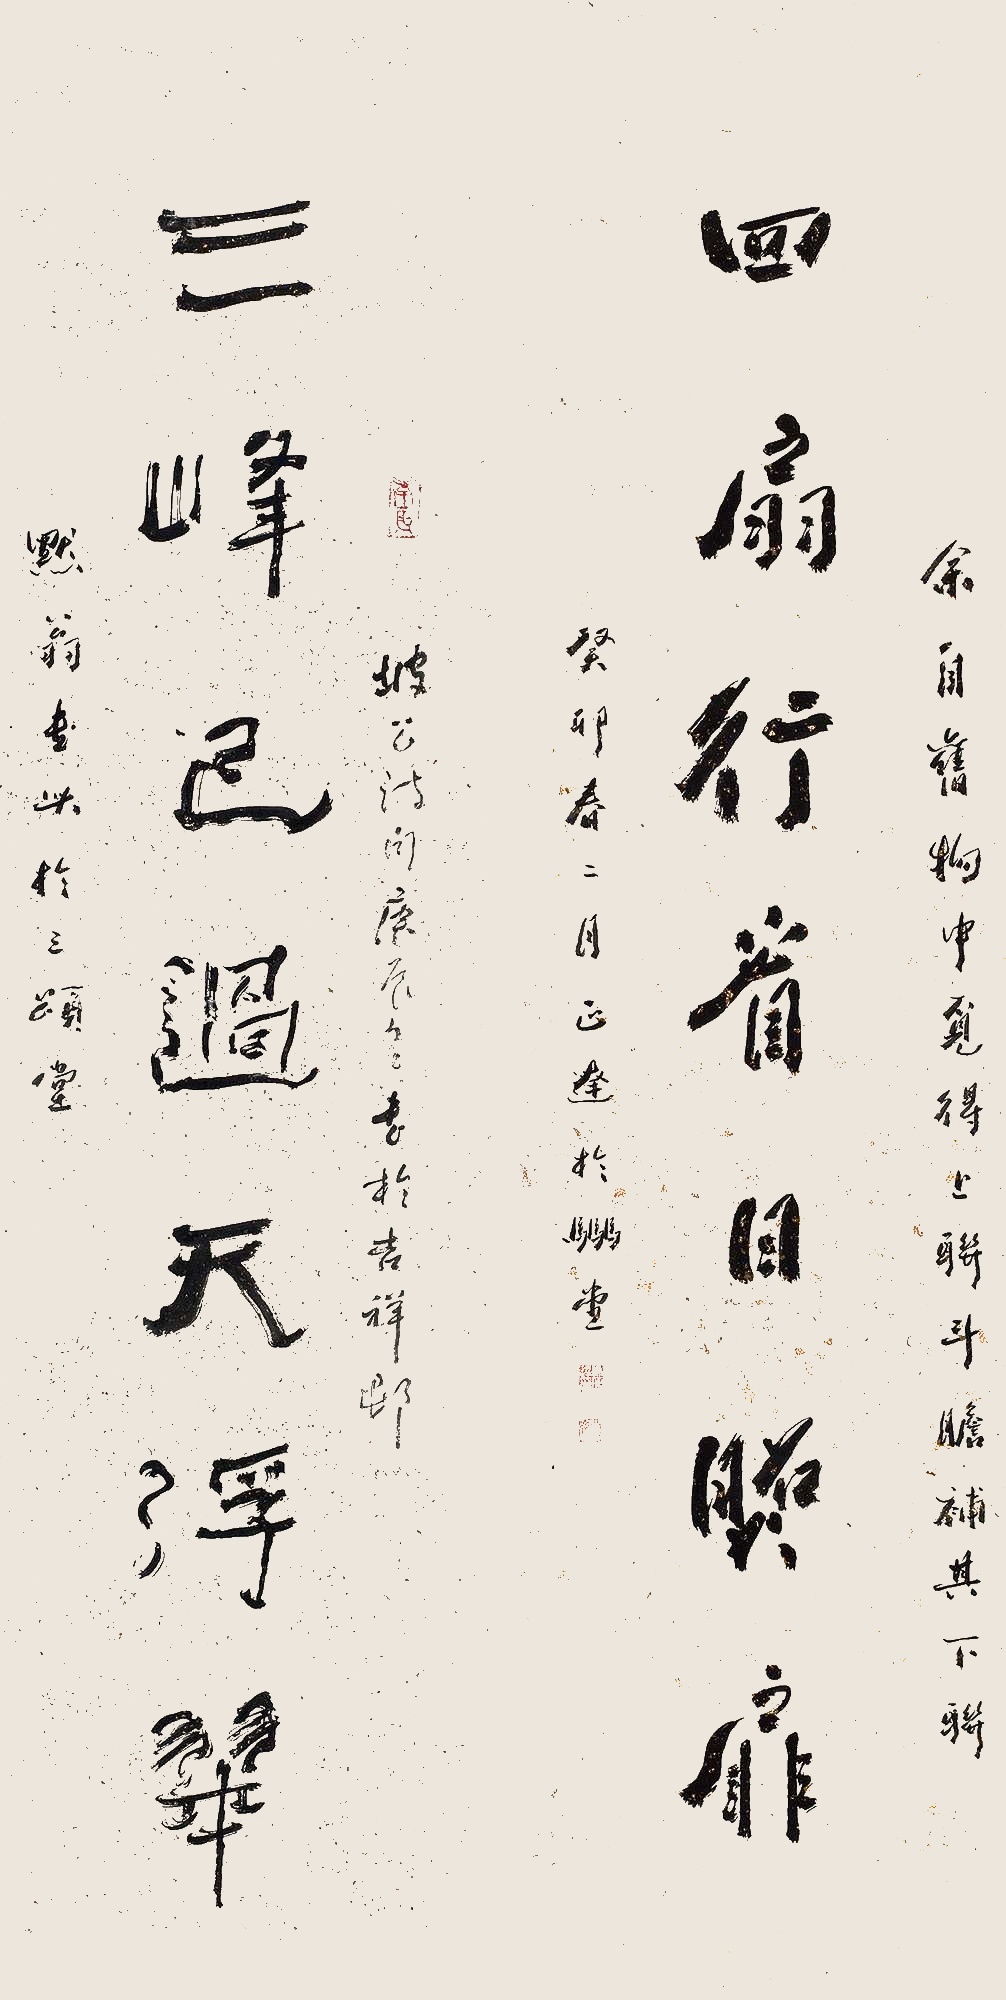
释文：三峰已过天浮翠，四扇行看日照扉。坡公诗句，庚辰冬书于吉祥村。默翁书此于三颂堂。余自旧物中觅得上联，斗胆补齐下联。癸卯春二月，正达于骉堂。